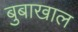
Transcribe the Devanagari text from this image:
बुबाखाल